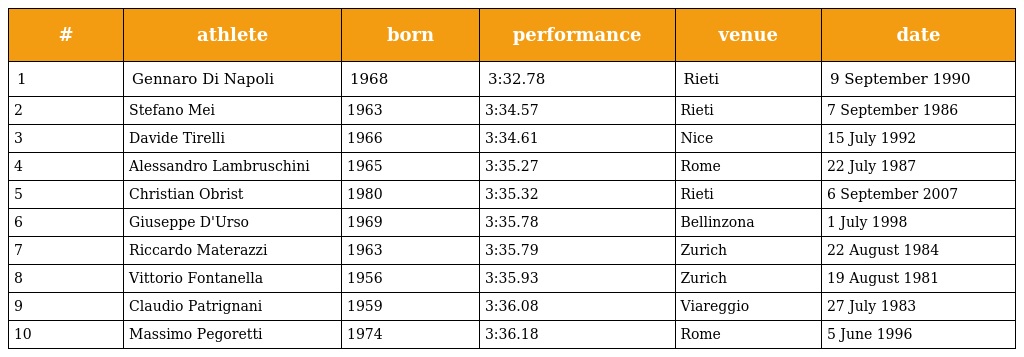
| # | athlete | born | performance | venue | date |
 | --- | --- | --- | --- | --- | --- |
 | 1 | Gennaro Di Napoli | 1968 | 3:32.78 | Rieti | 9 September 1990 |
 | 2 | Stefano Mei | 1963 | 3:34.57 | Rieti | 7 September 1986 |
 | 3 | Davide Tirelli | 1966 | 3:34.61 | Nice | 15 July 1992 |
 | 4 | Alessandro Lambruschini | 1965 | 3:35.27 | Rome | 22 July 1987 |
 | 5 | Christian Obrist | 1980 | 3:35.32 | Rieti | 6 September 2007 |
 | 6 | Giuseppe D'Urso | 1969 | 3:35.78 | Bellinzona | 1 July 1998 |
 | 7 | Riccardo Materazzi | 1963 | 3:35.79 | Zurich | 22 August 1984 |
 | 8 | Vittorio Fontanella | 1956 | 3:35.93 | Zurich | 19 August 1981 |
 | 9 | Claudio Patrignani | 1959 | 3:36.08 | Viareggio | 27 July 1983 |
 | 10 | Massimo Pegoretti | 1974 | 3:36.18 | Rome | 5 June 1996 |